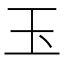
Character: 玉